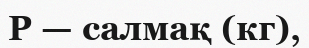
Р — салмақ (кг),